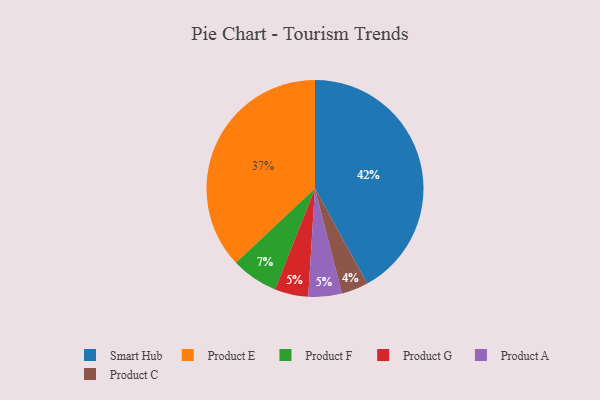
{"axis": {"x": "Category", "y": "Percentage"}, "legend": ["Product A", "Product C", "Product E", "Product F", "Product G", "Smart Hub"], "data": [{"x": "Product F", "y": 7, "type": "Product F"}, {"x": "Smart Hub", "y": 42, "type": "Smart Hub"}, {"x": "Product E", "y": 37, "type": "Product E"}, {"x": "Product G", "y": 5, "type": "Product G"}, {"x": "Product A", "y": 5, "type": "Product A"}, {"x": "Product C", "y": 4, "type": "Product C"}]}